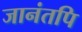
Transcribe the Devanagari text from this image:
जानंतपि